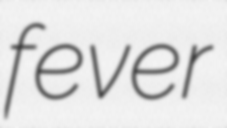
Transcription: fever